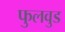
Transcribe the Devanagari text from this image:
फुलवुड